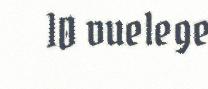
10 vuelege